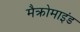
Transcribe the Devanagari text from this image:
मैक्रोमाइंड